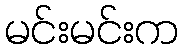
မင်းမင်းက